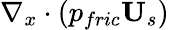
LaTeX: \nabla_{x}\cdot\left(p_{fric}\textbf{U}_{s}\right)